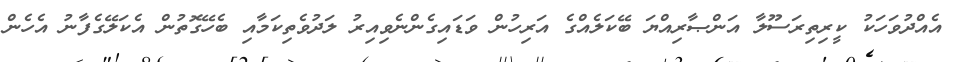
އެއްދުވަހަކު ކީރިތިރަސޫލާ އަންޞާރިއްޔަ ބޭކަލެއްގެ އަރިހުން ވަޑައިގެންނެވިއިރު ލަދުވެތިކަމާއި ބެހޭގޮތުން އެކަލޭގެފާނު އެހެން